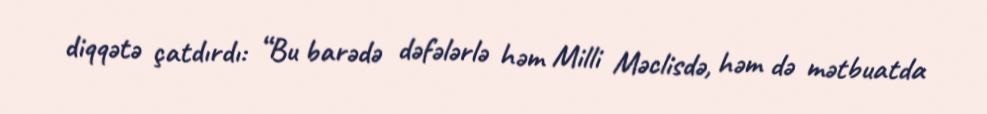
diqqətə çatdırdı: “Bu barədə dəfələrlə həm Milli Məclisdə, həm də mətbuatda